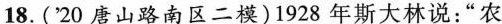
18.('20唐山路南区二模)1928年斯大林说：”农